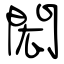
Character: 閎